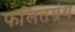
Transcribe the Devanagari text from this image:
फलितग्रंथ